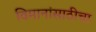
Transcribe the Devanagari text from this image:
विमानांसाठीचा